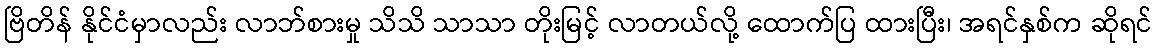
ဗြိတိန် နိုင်ငံမှာလည်း လာဘ်စားမှု သိသိ သာသာ တိုးမြင့် လာတယ်လို့ ထောက်ပြ ထားပြီး၊ အရင်နှစ်က ဆိုရင်